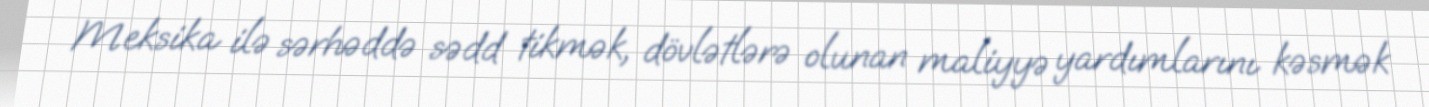
Meksika ilə sərhəddə sədd tikmək, dövlətlərə olunan maliyyə yardımlarını kəsmək